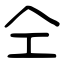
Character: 仝